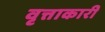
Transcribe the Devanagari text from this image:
वृत्ताकारी